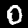
Label: 0